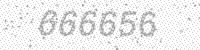
Solution: 666656